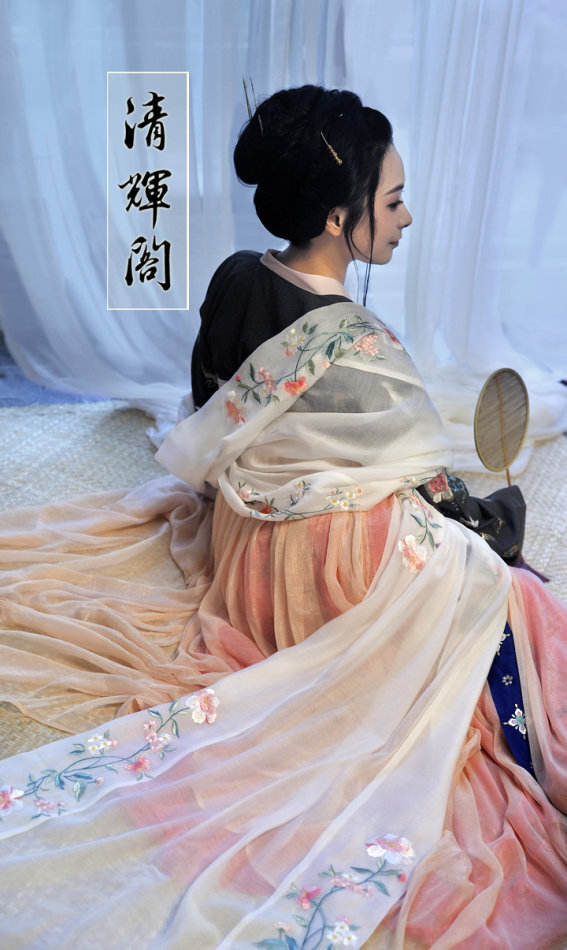
梦入蓝桥，几点疏星映朱户。